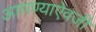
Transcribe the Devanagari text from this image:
आणण्याऐवजी